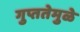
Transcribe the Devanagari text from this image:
गुप्ततेमुळे